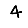
Digit: 4